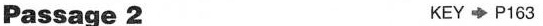
Passage 2 KEY◆P163